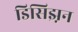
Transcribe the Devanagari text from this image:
डिसिझ़न